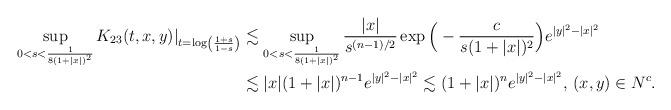
LaTeX: \begin{align*}\sup_{0<s<\frac{1}{8(1+|x|)^2}}K_{23}(t,x,y)|_{t=\log\left(\frac{1+s}{1-s}\right)}& \lesssim \sup_{0<s<\frac{1}{8(1+|x|)^2}}\frac{|x|}{s^{(n-1)/2}}\exp\Big(-\frac{c}{s(1+|x|)^2}\Big)e^{|y|^2-|x|^2}\\&\lesssim|x|(1+|x|)^{n-1}e^{|y|^2-|x|^2}\lesssim(1+|x|)^n e^{|y|^2-|x|^2}, \, (x,y)\in N^c.\end{align*}